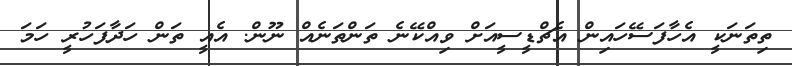
ތިތަނަކީ އެހާފަސޭހައިން އެޗްޑީސީއަށް ވިއްކޭނެ ތަންތަނެއް ނޫން. އެއީ ތަން ހަދާފަހުރީ ހަމަ